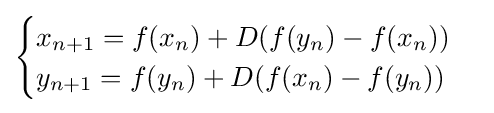
{\displaystyle {\begin{cases}x_{n+1}=f(x_{n})+D(f(y_{n})-f(x_{n}))\\y_{n+1}=f(y_{n})+D(f(x_{n})-f(y_{n}))\end{cases}}}